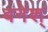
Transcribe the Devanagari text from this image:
बनेश्